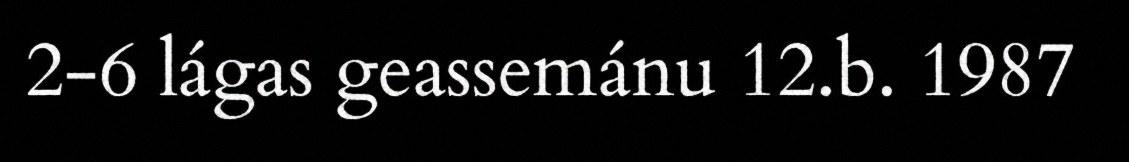
2-6 lágas geassemánu 12.b. 1987